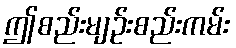
ဤစည်းမျဉ်းစည်းကမ်း